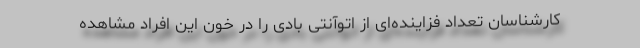
کارشناسان تعداد فزاینده‌ای از اتوآنتی ‌بادی را در خون این افراد مشاهده